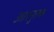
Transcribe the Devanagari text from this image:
आरनुल्फ